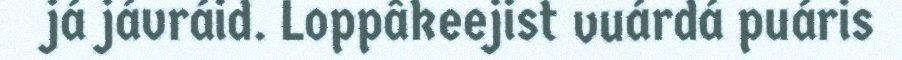
já jávráid. Loppâkeejist vuárdá puáris